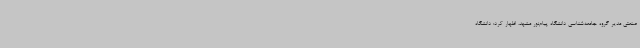
صنعتی مدیر گروه جامعه‌شناسی دانشگاه پیام‌نور مشهد، اظهار کرد: دانشگاه